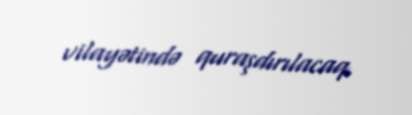
vilayətində quraşdırılacaq.